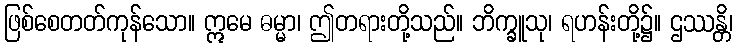
ဖြစ်စေတတ်ကုန်သော။ ဣမေ ဓမ္မာ၊ ဤတရားတို့သည်။ ဘိက္ခူသု၊ ရဟန်းတို့၌။ ဌဿန္တိ၊